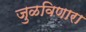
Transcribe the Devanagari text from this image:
जुळविणारा